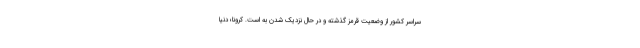
سراسر کشور از وضعیت قرمز گذشته و در حال نزدیک شدن به است. کرونا؛ دنیا